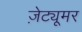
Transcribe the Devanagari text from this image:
ज़ेट्यूमर